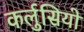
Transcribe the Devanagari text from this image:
कर्लुसियो